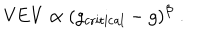
\mathrm { V E V } \propto ( g _ { \mathrm { c r i t i c a l } } - g ) ^ { \beta } \; .